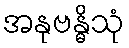
အနုဗန္ဓိသုံ